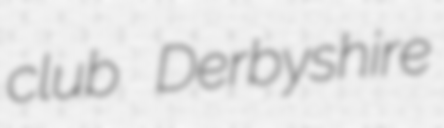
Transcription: club Derbyshire